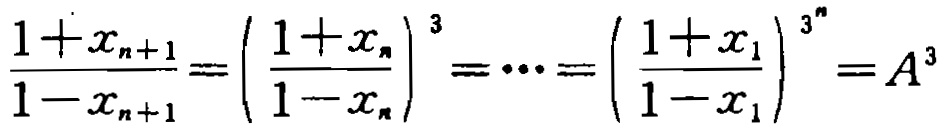
\(\frac{1 + x_{n + 1}}{1 - x_{n + 1}} = \left(\frac{1 + x_{n}}{1 - x_{n}}\right)^{3} = \cdots = \left(\frac{1 + x_{1}}{1 - x_{1}}\right)^{3^{n}} = A^{3}\)